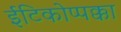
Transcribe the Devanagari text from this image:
ईटिकोप्पक्का